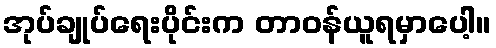
အုပ်ချုပ်ရေးပိုင်းက တာဝန်ယူရမှာပေါ့။